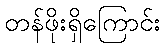
တန်ဖိုးရှိကြောင်း